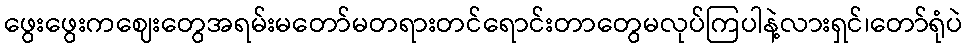
ဖွေးဖွေးကဈေးတွေအရမ်းမတော်မတရားတင်ရောင်းတာတွေမလုပ်ကြပါနဲ့လားရှင်၊တော်ရုံပဲ